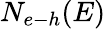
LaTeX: N_{e{\mathrm{-}}h}(E)